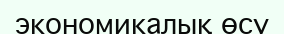
экономикалық өсу